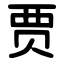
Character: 贾